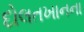
દોલતખાનના